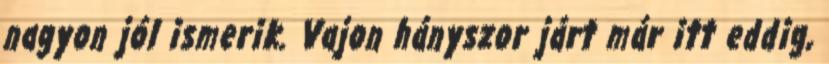
nagyon jól ismerik. Vajon hányszor járt már itt eddig,